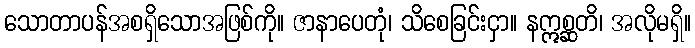
သောတာပန်အစရှိသောအဖြစ်ကို။ ဇာနာပေတုံ၊ သိစေခြင်းငှာ။ နဣစ္ဆတိ၊ အလိုမရှိ။